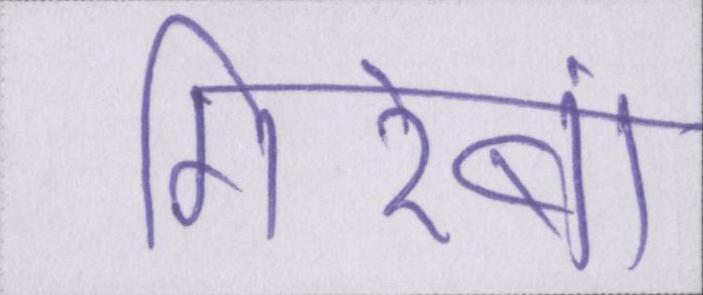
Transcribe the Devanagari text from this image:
गिरेबां